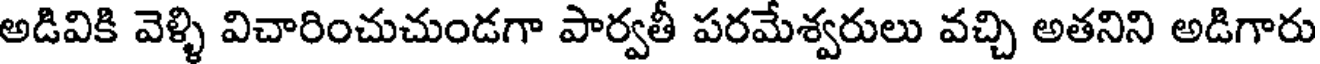
అడివికి వెళ్ళి విచారించుచుండగా పార్వతీ పరమేశ్వరులు వచ్చి అతనిని అడిగారు